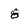
Character: 8